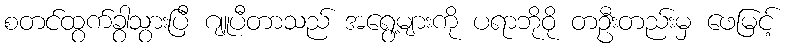
စတင်ထွက်ခွာသွားပြီ ဂျူပီတာသည် အရွေ့များကို ပရာဘိုဝို တဦးတည်းမှ ဖေမြင့်